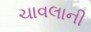
ચાવલાની